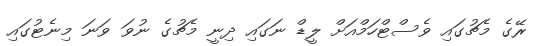
ރޭގެ މެޗުގައި ވެސްޓްހަމްއަށް ލީޑް ނަގައި ދިނީ މެޗުގެ ނުވަ ވަނަ މިނެޓުގައި